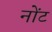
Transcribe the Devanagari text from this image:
नोंट